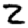
Digit: 2